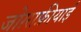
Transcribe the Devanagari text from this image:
जोग़्राफ़ीयाई